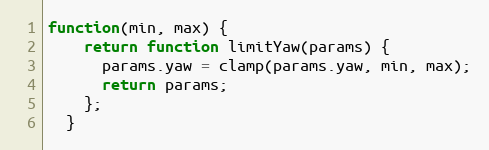
Language: JavaScript
function(min, max) {
    return function limitYaw(params) {
      params.yaw = clamp(params.yaw, min, max);
      return params;
    };
  }